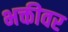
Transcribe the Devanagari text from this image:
भक्तीवर